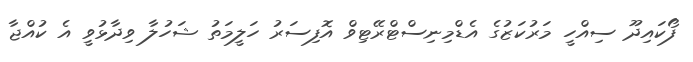
ފޯކައިދޫ ސިއްހީ މަރުކަޒުގެ އެޑްމިނިސްޓްރޭޓިވް އޮފިސަރު ހަލީމަތު ޝަހުލާ ވިދާޅުވީ އެ ކުއްޖާ